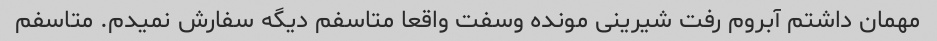
مهمان داشتم آبروم رفت شیرینی مونده وسفت واقعا متاسفم دیگه سفارش نمیدم. متاسفم